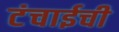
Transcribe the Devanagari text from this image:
टंचाईची